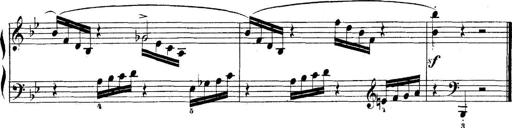
Title: 5 Sonatinas
Composer: Theodor Kirchner